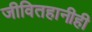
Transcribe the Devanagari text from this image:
जीवितहानीही